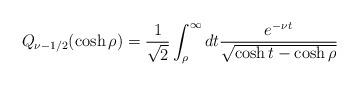
LaTeX: \begin{align*}Q_{\nu-1/2}(\cosh\rho)=\frac1{\sqrt{2}}\int^\infty_\rho dt\frac{e^{-\nu t}}{\sqrt{\cosh t-\cosh\rho}}\end{align*}